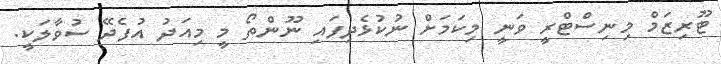
ޓޫރިޒަމް މިނިސްޓްރީ ވަނީ މިކަމަށް ނުކުޅެދިފައި ނޫންތޯ މީ މިއަދު އުފެދޭ ސުވާލަކީ.